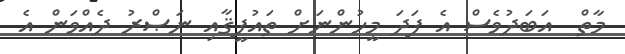
މާތް  އަބަދުވެސް އެ ފަދަ މީހުންނަށް ތައުފީޤާއި ނަޞްރު ދެއްވަން އެ